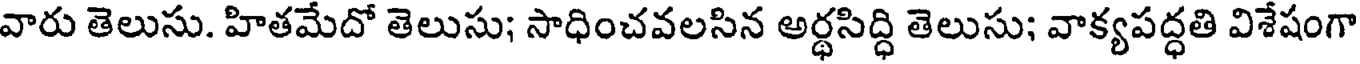
వారు తెలుసు. హితమేదో తెలుసు; సాధించవలసిన అర్థసిద్ధి తెలుసు; వాక్యపద్ధతి విశేషంగా